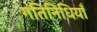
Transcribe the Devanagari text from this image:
गतिनिधियाँ